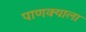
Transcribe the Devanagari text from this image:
पाणक्याला